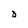
Character: D